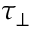
\tau _ { \perp }